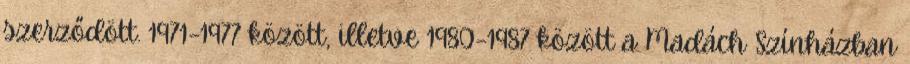
szerződött. 1971–1977 között, illetve 1980–1987 között a Madách Színházban